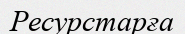
Ресурстарға